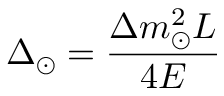
\Delta _ { \odot } = { \frac { \Delta m _ { \odot } ^ { 2 } L } { 4 E } }